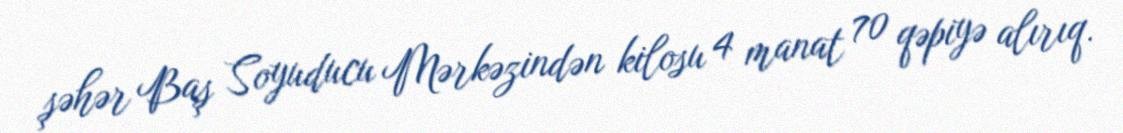
şəhər Baş Soyuducu Mərkəzindən kilosu 4 manat 70 qəpiyə alırıq.